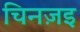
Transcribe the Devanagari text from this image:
चिनज़इ